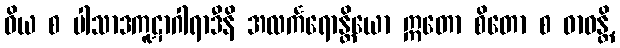
ဝိယ စ ပါသာဒကူဋာဂါရာဒီနိ အလင်္ကရောန္တိယော ဣတော စိတော စ ဓာဝန္တိ,